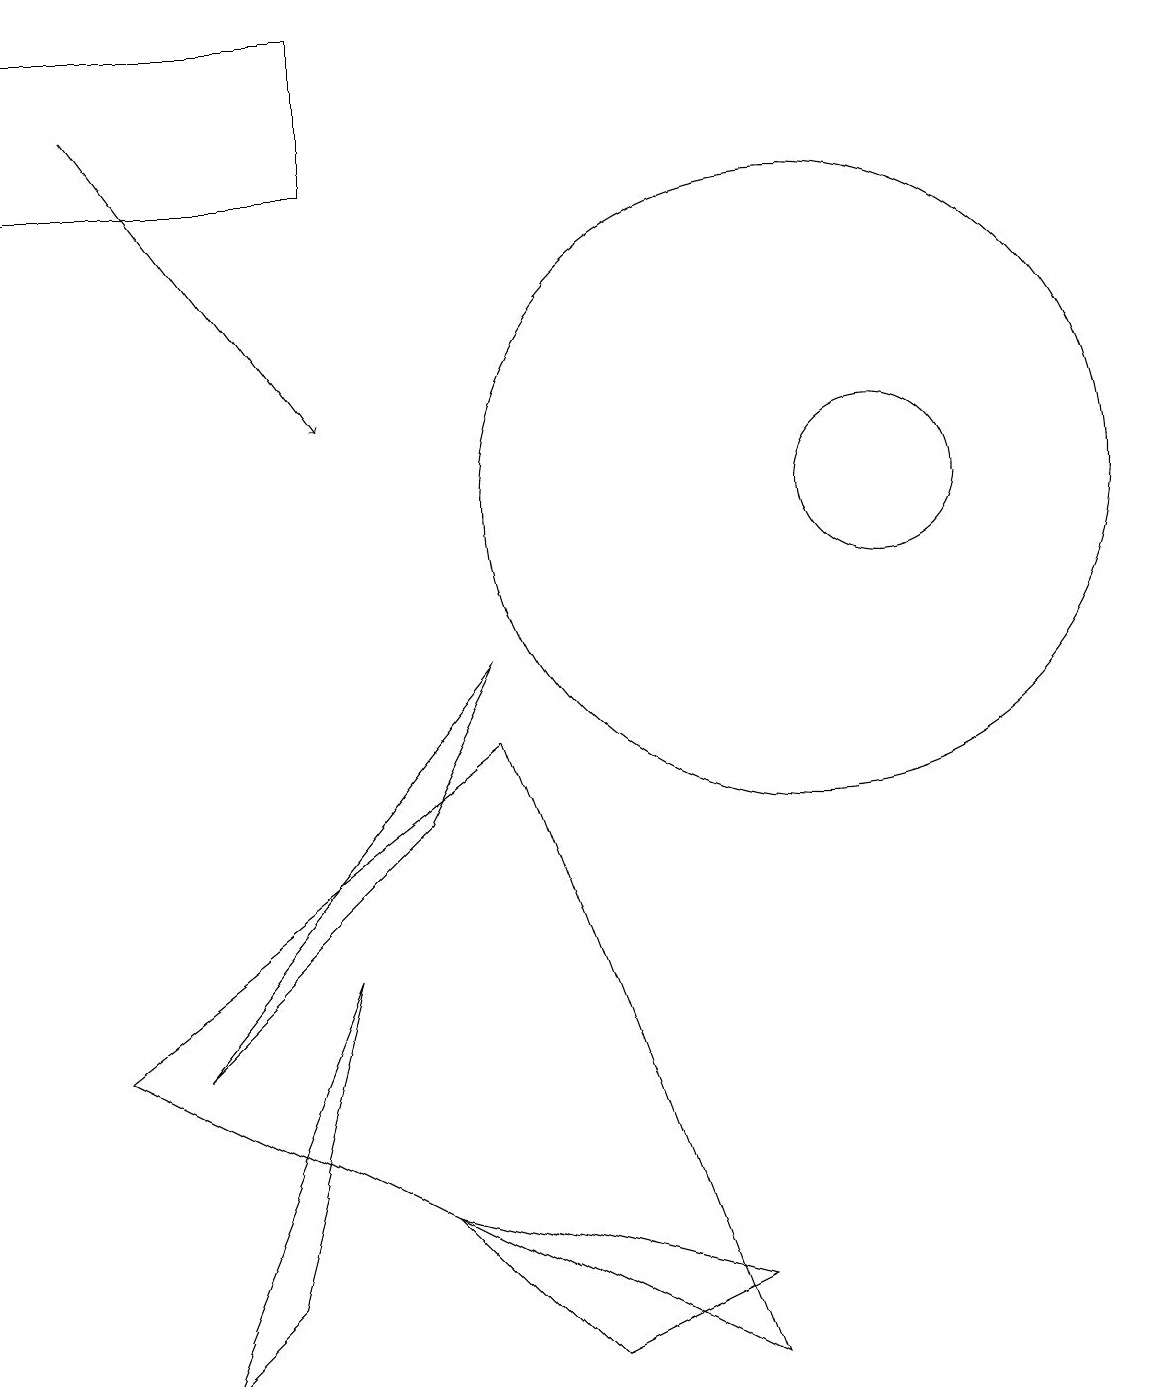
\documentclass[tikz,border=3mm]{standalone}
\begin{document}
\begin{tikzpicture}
\draw (10,11) circle (4);
\draw (9,0) -- (6,8) -- (1,4) -- cycle;
\draw (11,11) circle (1);
\draw[->] (1,16) -- (4,12);
\draw (2,0) -- (3,1) -- (4,5) -- cycle;
\draw (0,15) rectangle (4,17);
\draw (9,1) -- (7,0) -- (5,2) -- cycle;
\draw (5,7) -- (2,4) -- (6,9) -- cycle;
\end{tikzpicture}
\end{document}